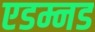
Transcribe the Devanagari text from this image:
एडम्नड